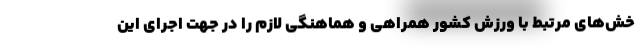
خش‌های مرتبط با ورزش کشور همراهی و هماهنگی لازم را در جهت اجرای این